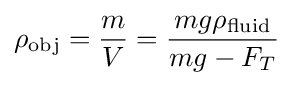
\rho _{\text{obj}}={\frac {m}{V}}={\frac {mg\rho _{\text{fluid}}}{mg-F_{T}}}